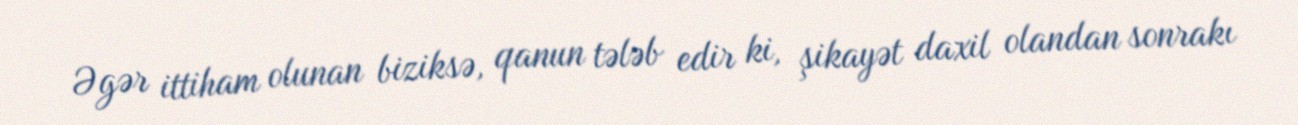
Əgər ittiham olunan biziksə, qanun tələb edir ki, şikayət daxil olandan sonrakı